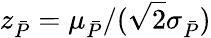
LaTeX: z_{\bar{P}}=\mu_{\bar{P}}/(\sqrt 2\sigma_{\bar{P}})